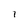
Character: 1